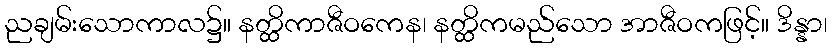
ညချမ်းသောကာလ၌။ နတ္ထိကာဇီဝကေန၊ နတ္ထိကမည်သော အာဇီဝကဖြင့်။ ဒိန္နာ၊